Bréfritari: Aðalbjartur Bjarnason (Albert Arnason)
Dagsetning: A-1905-12-02
Skrifað á: Vesturheimi

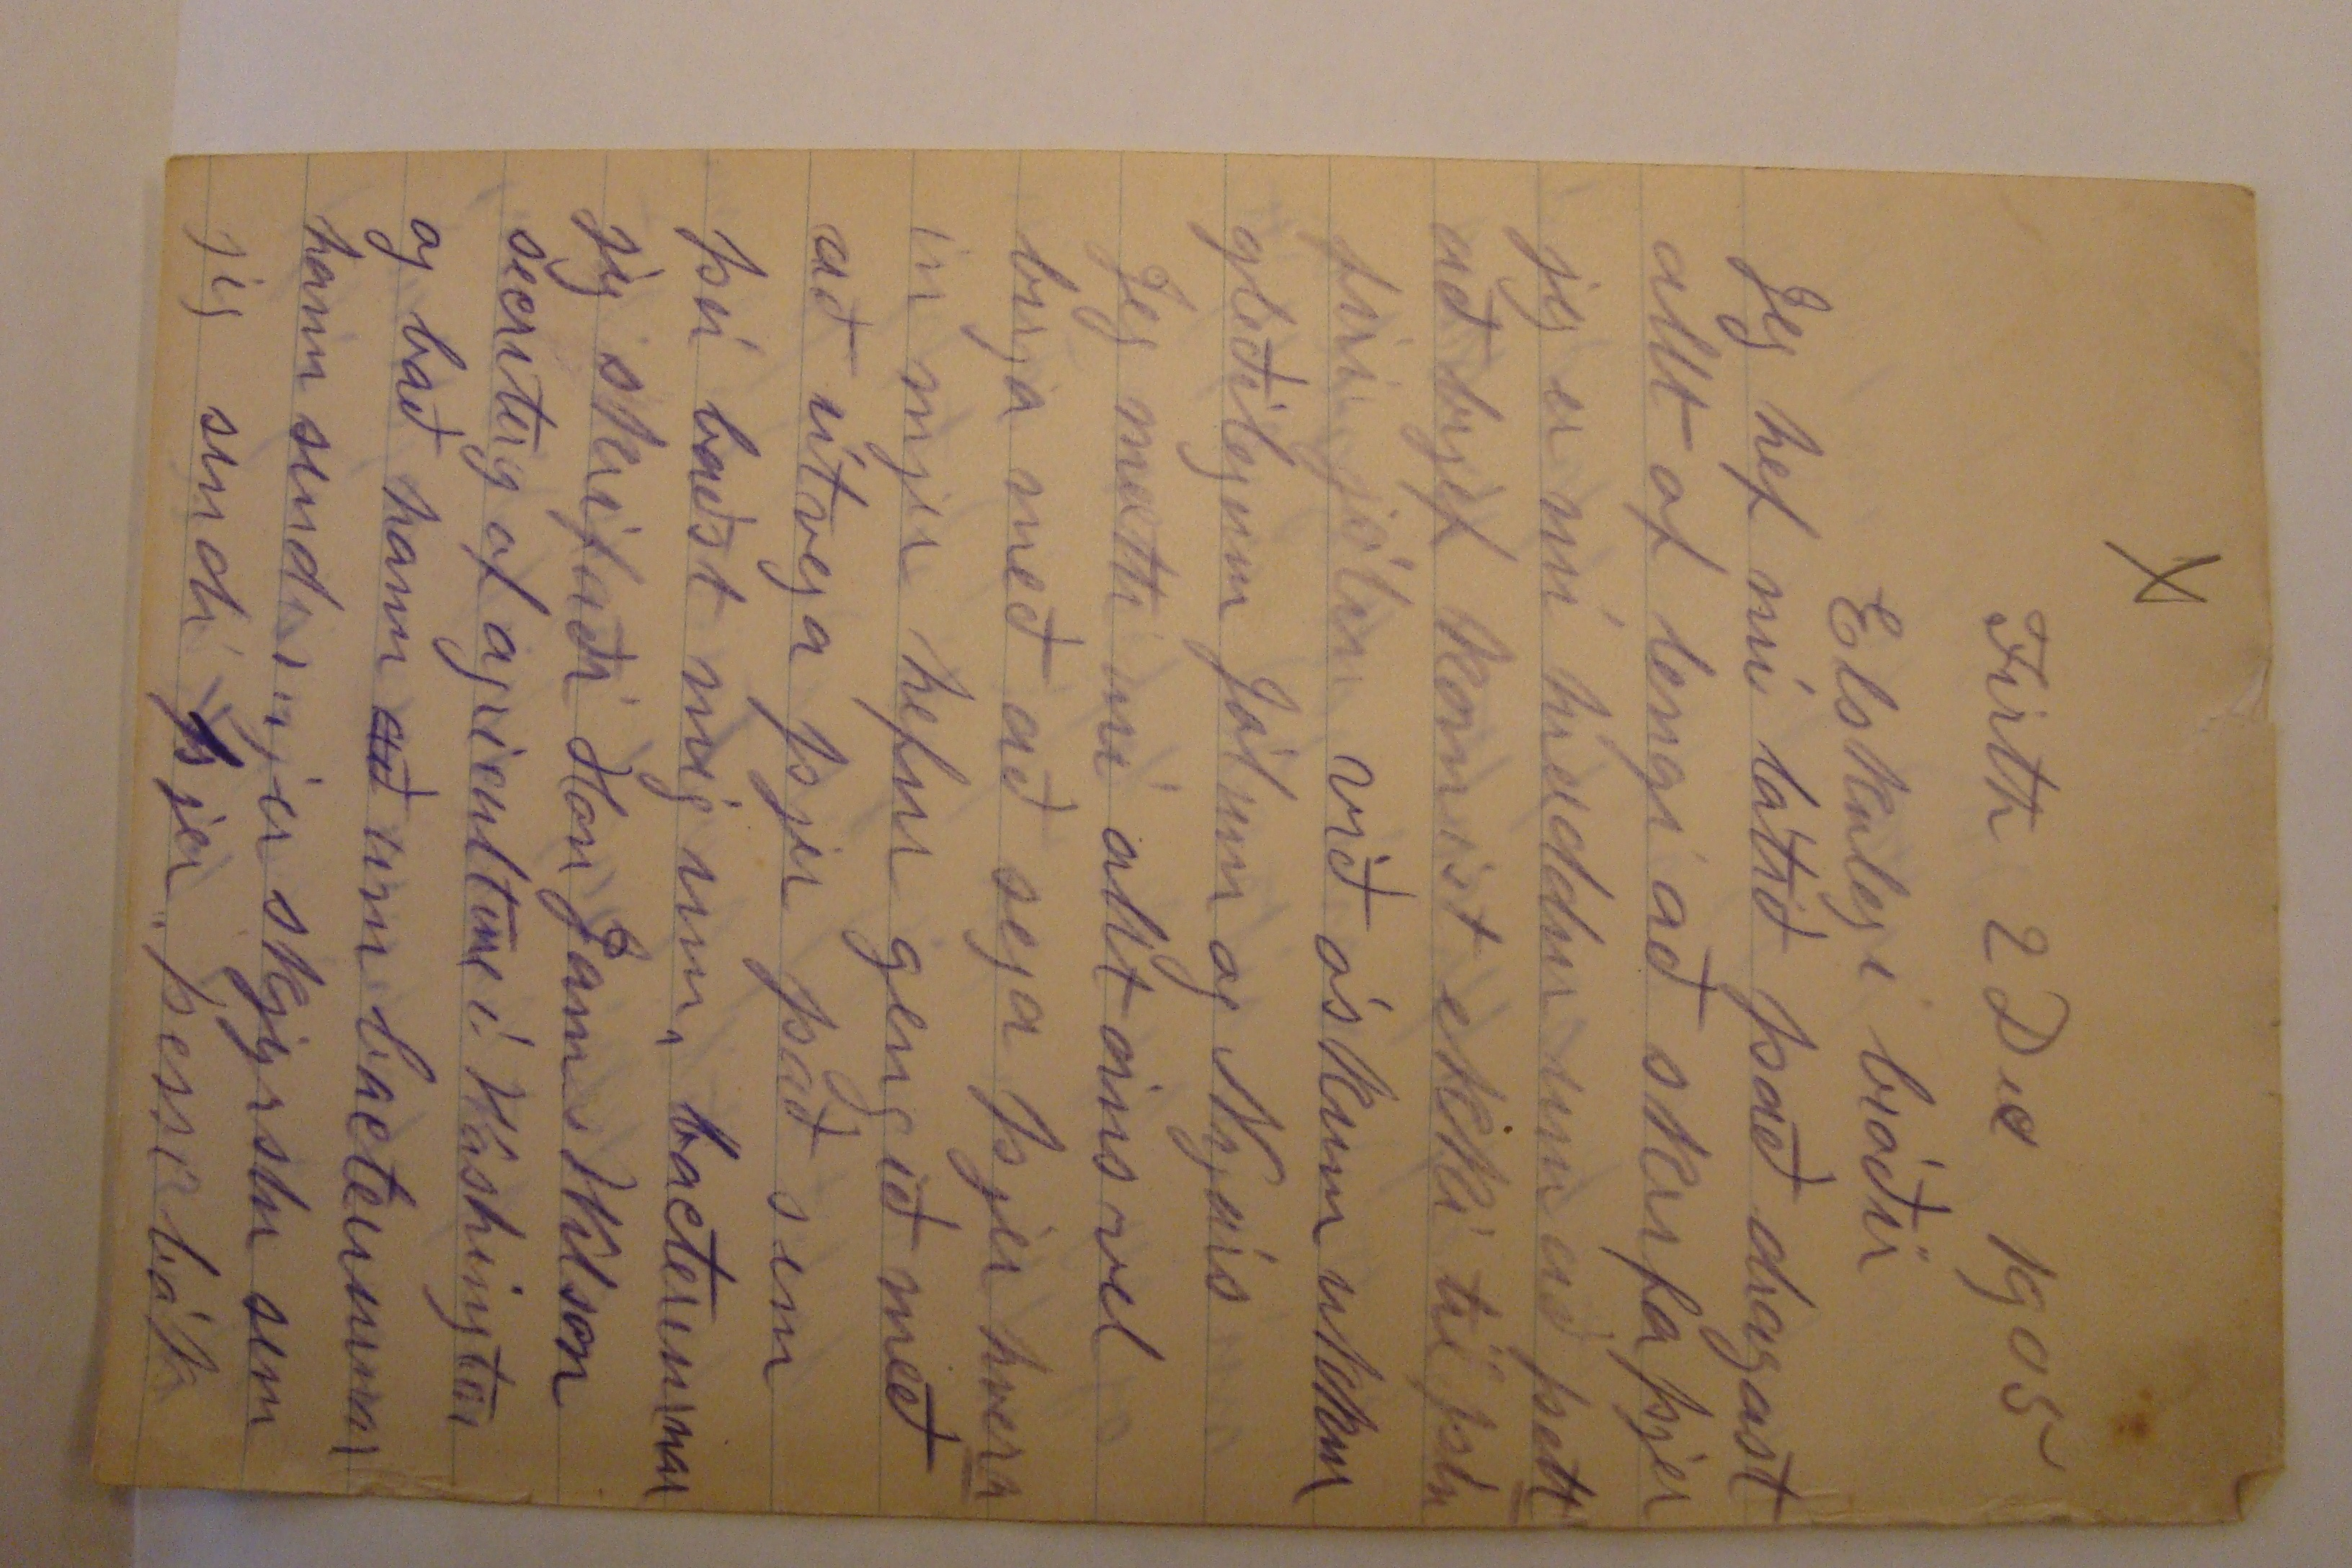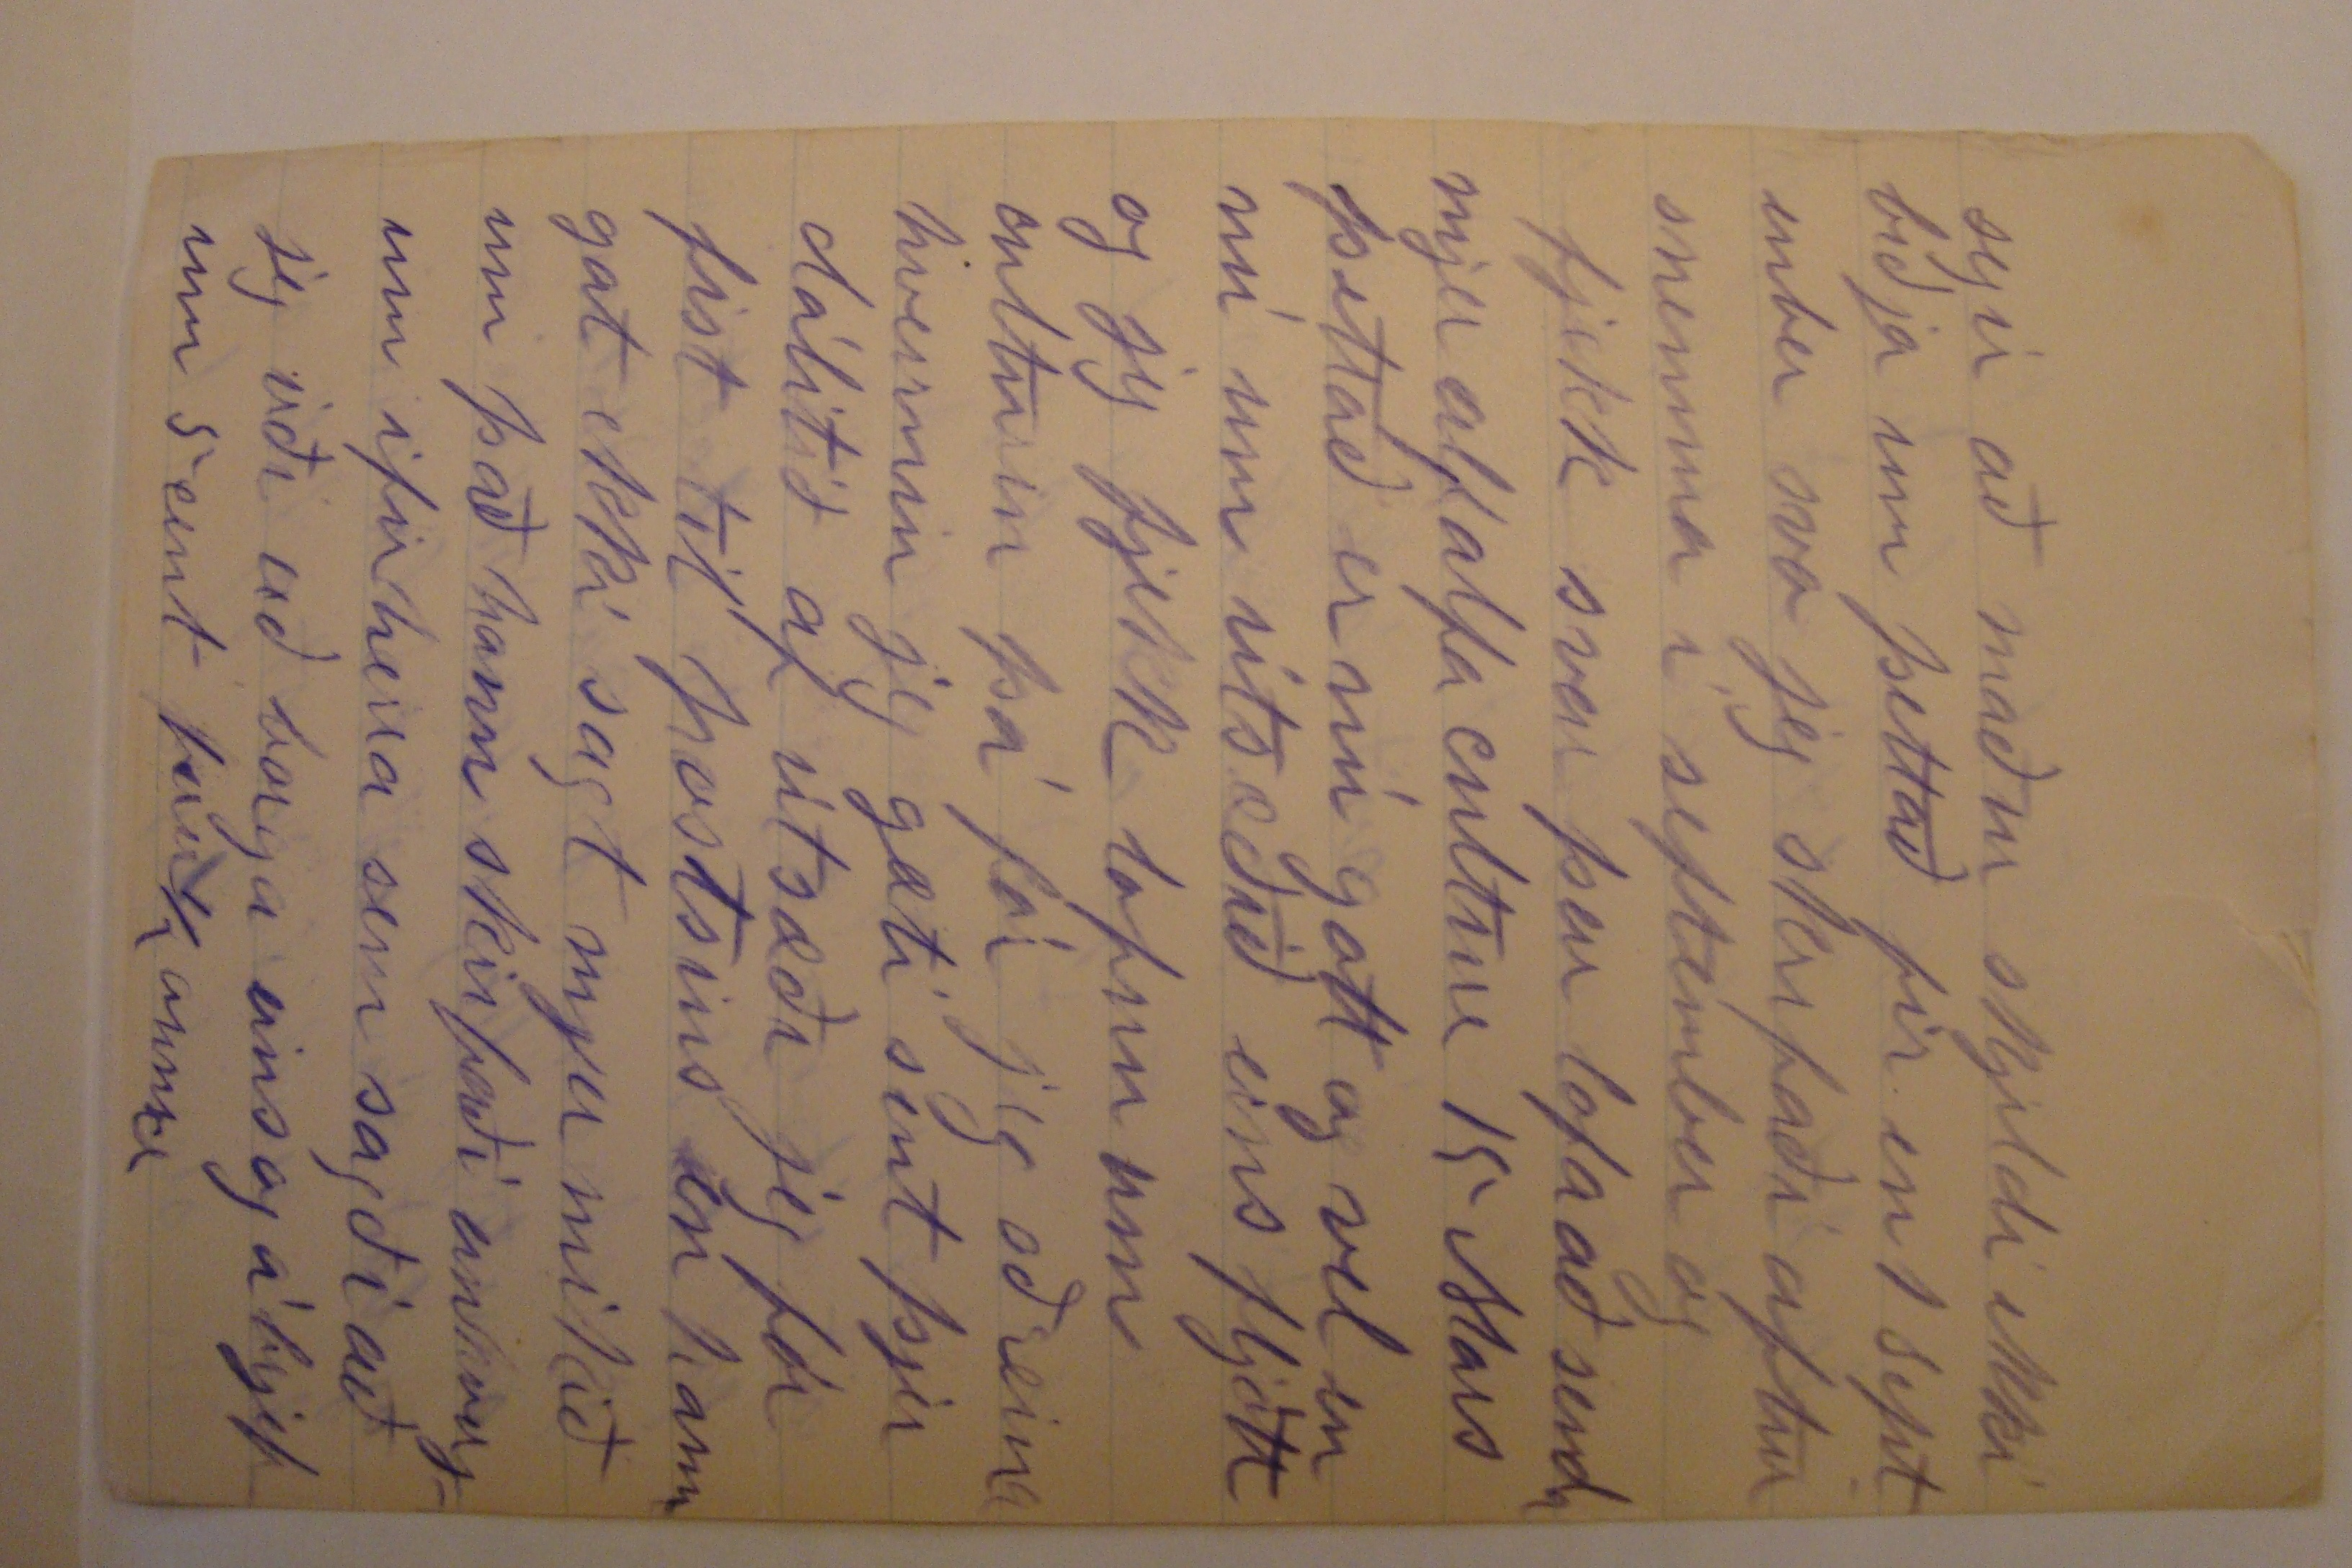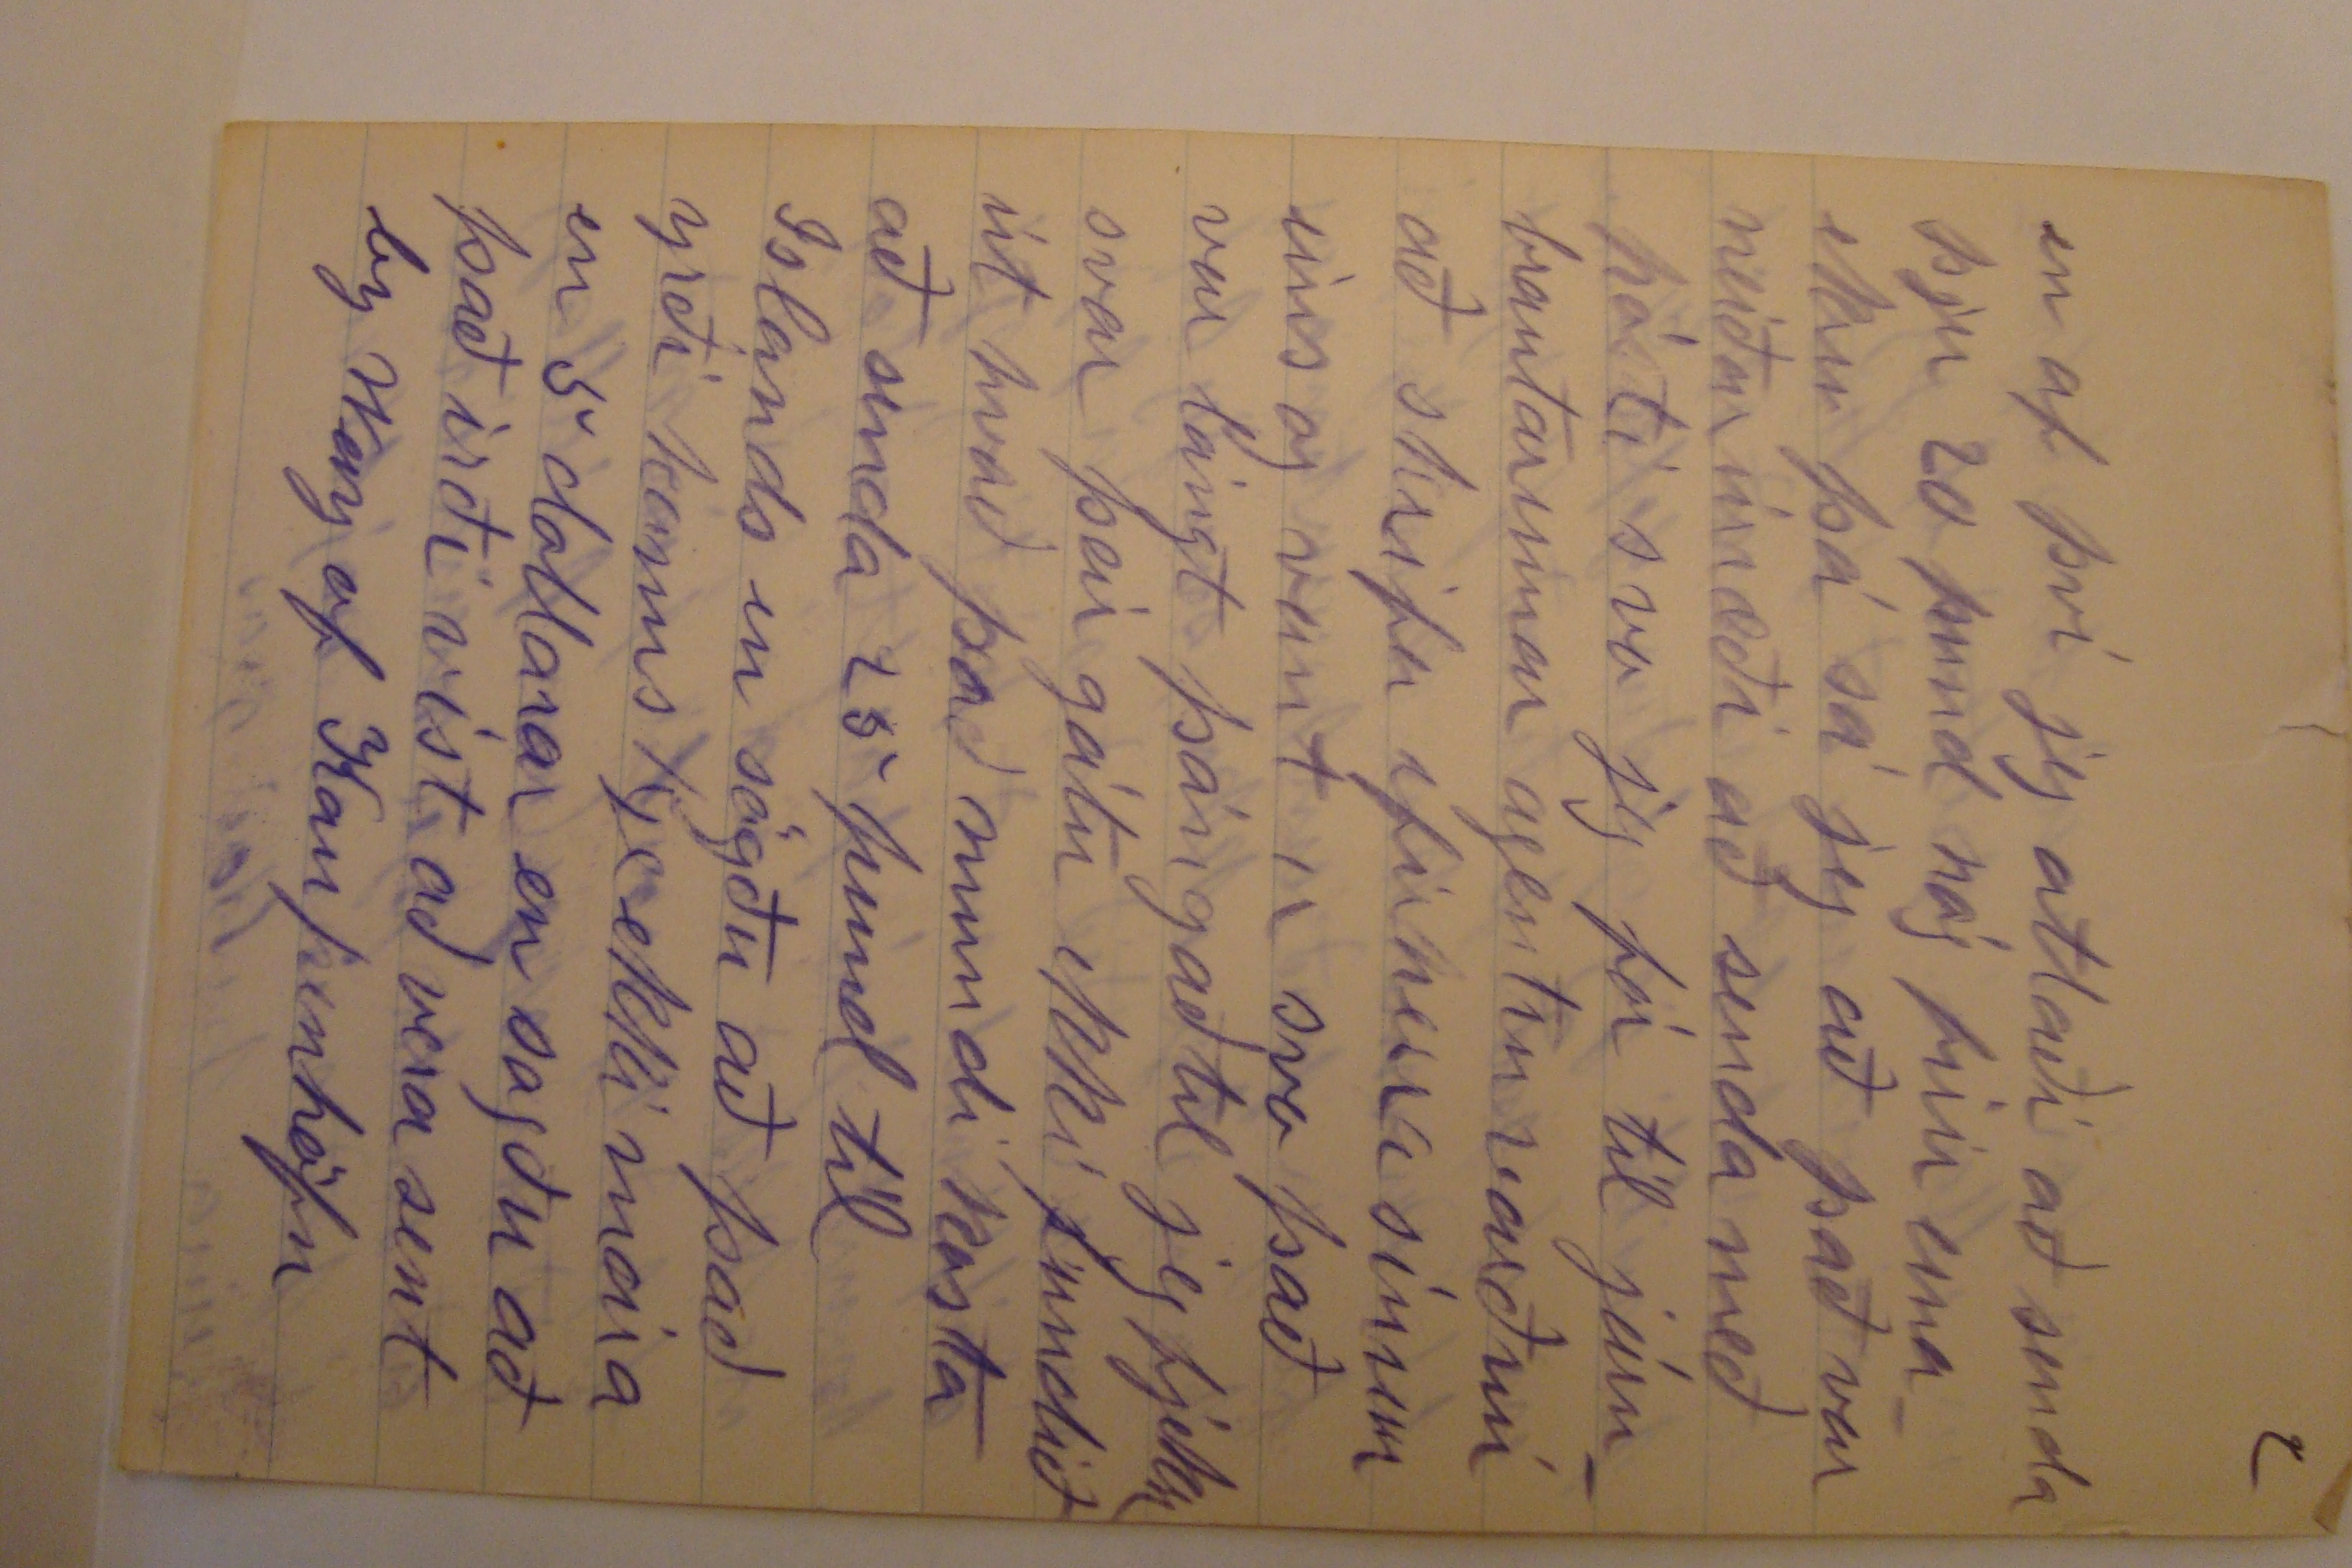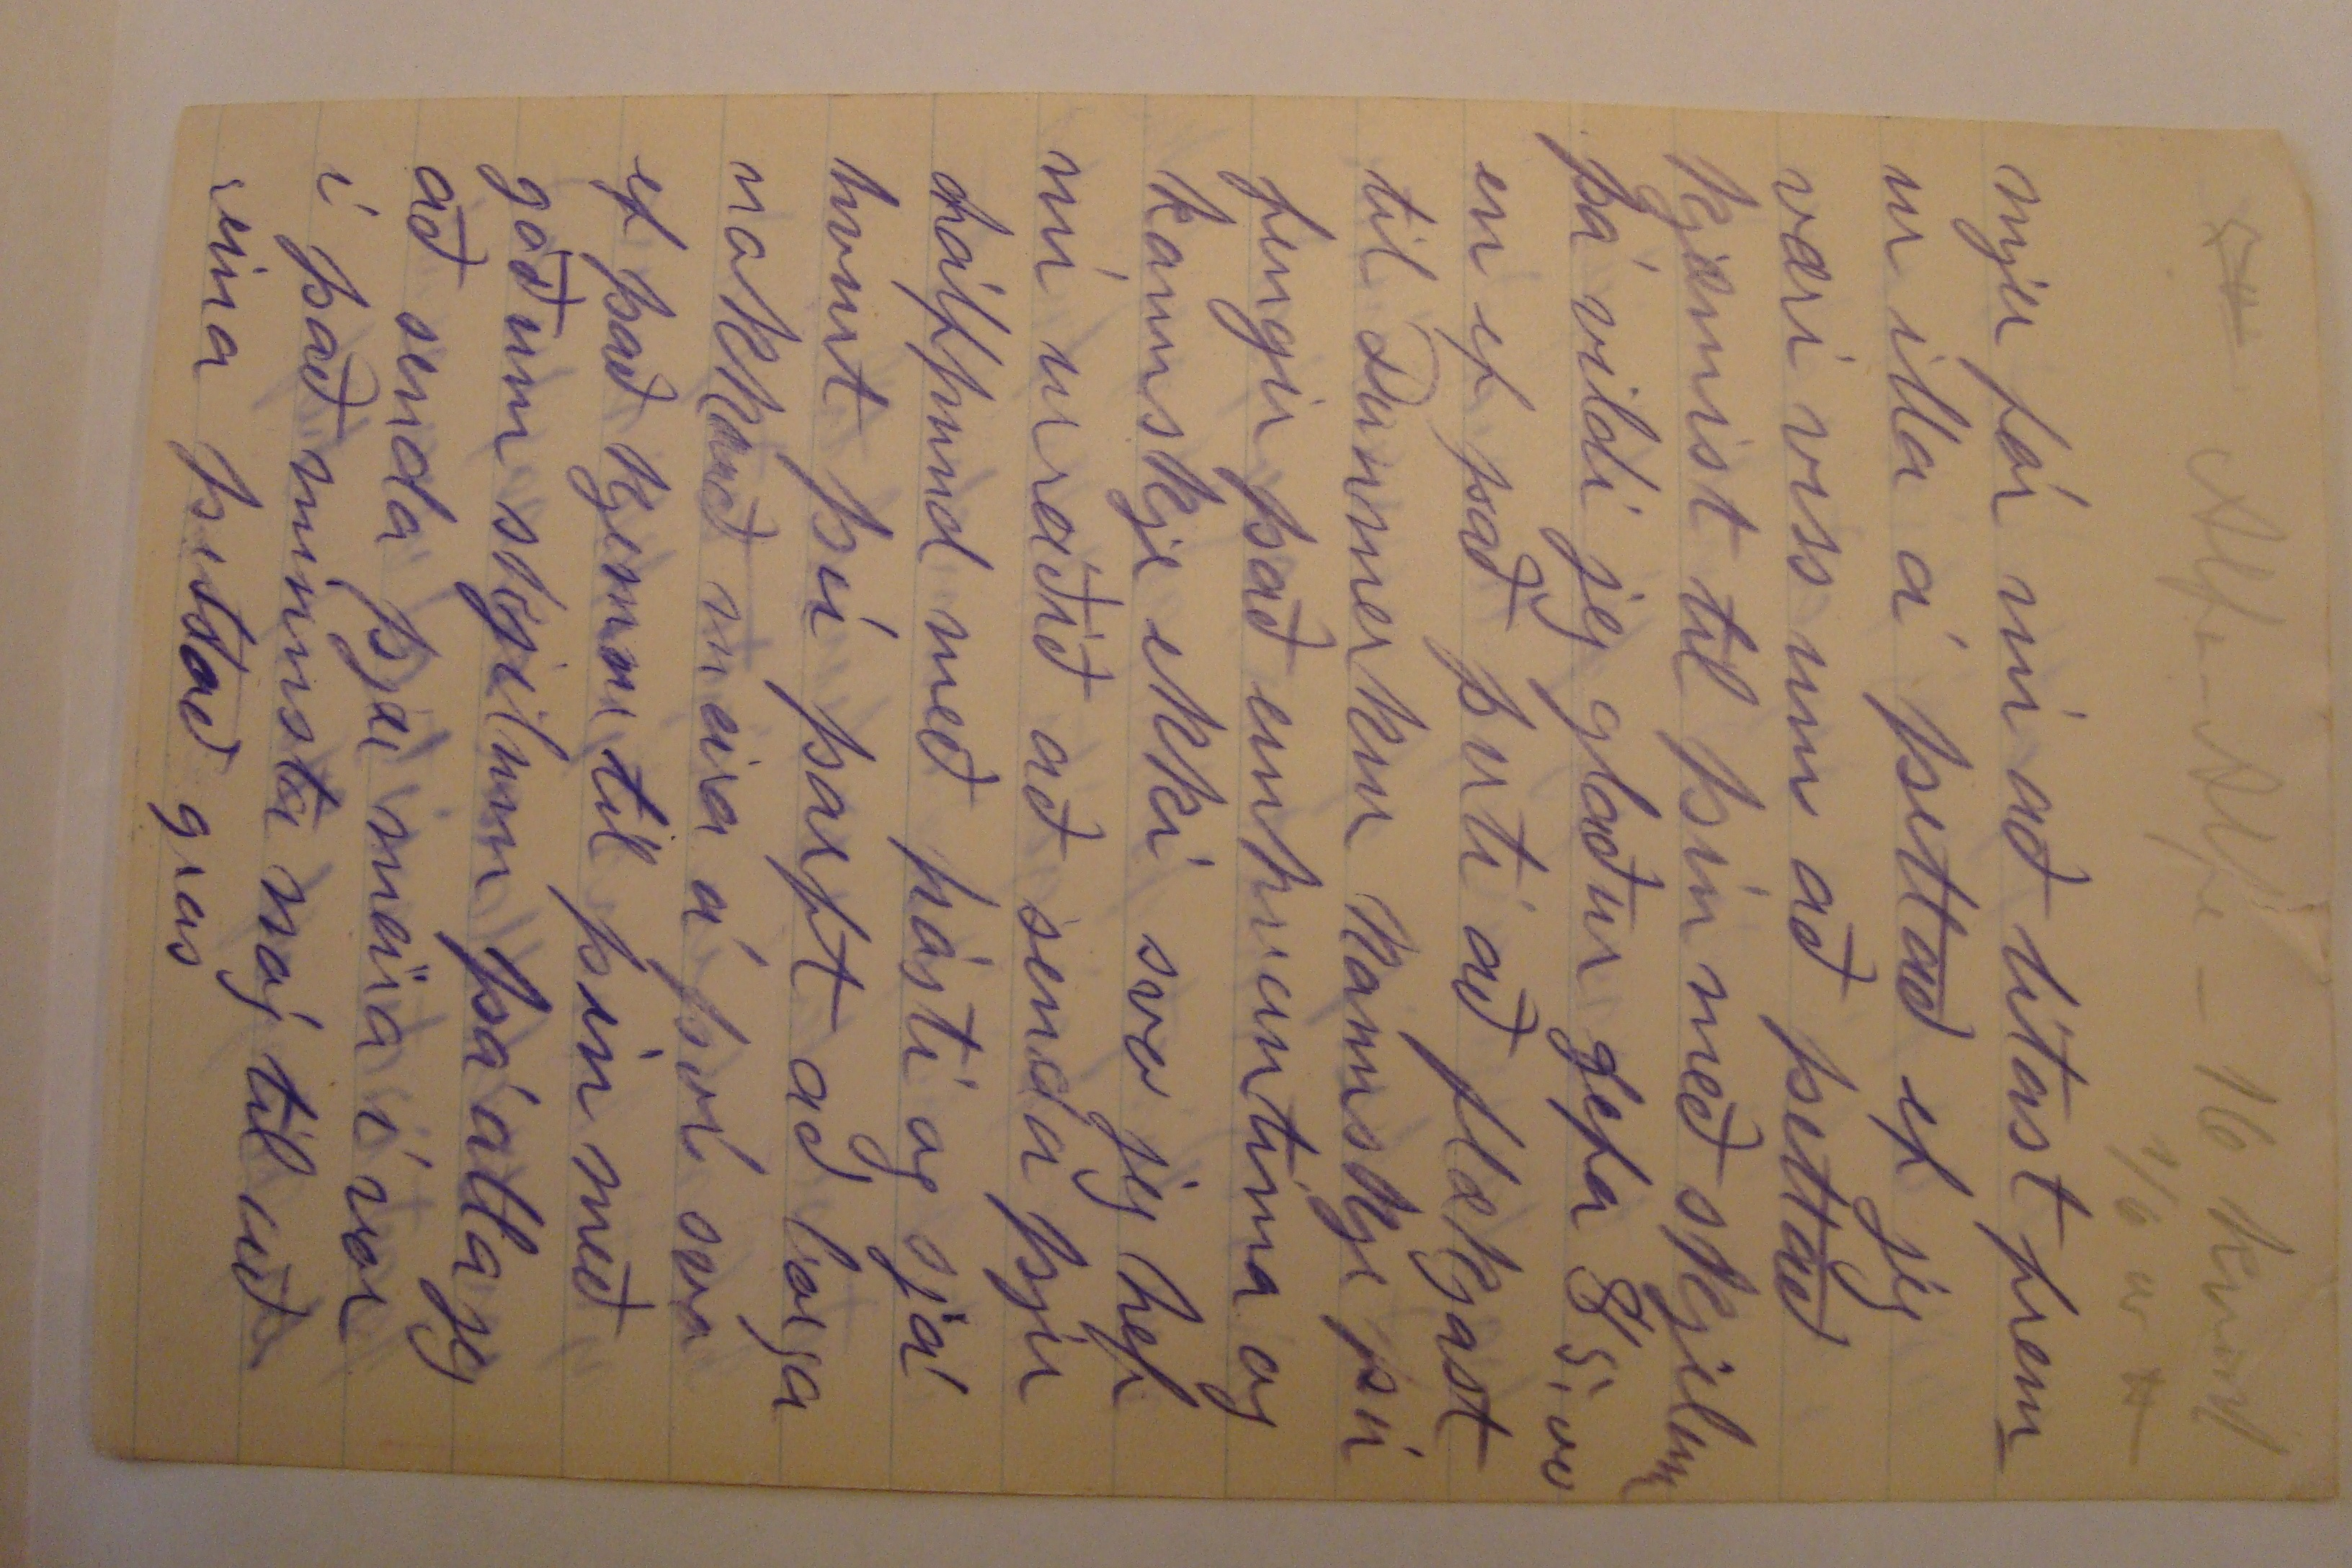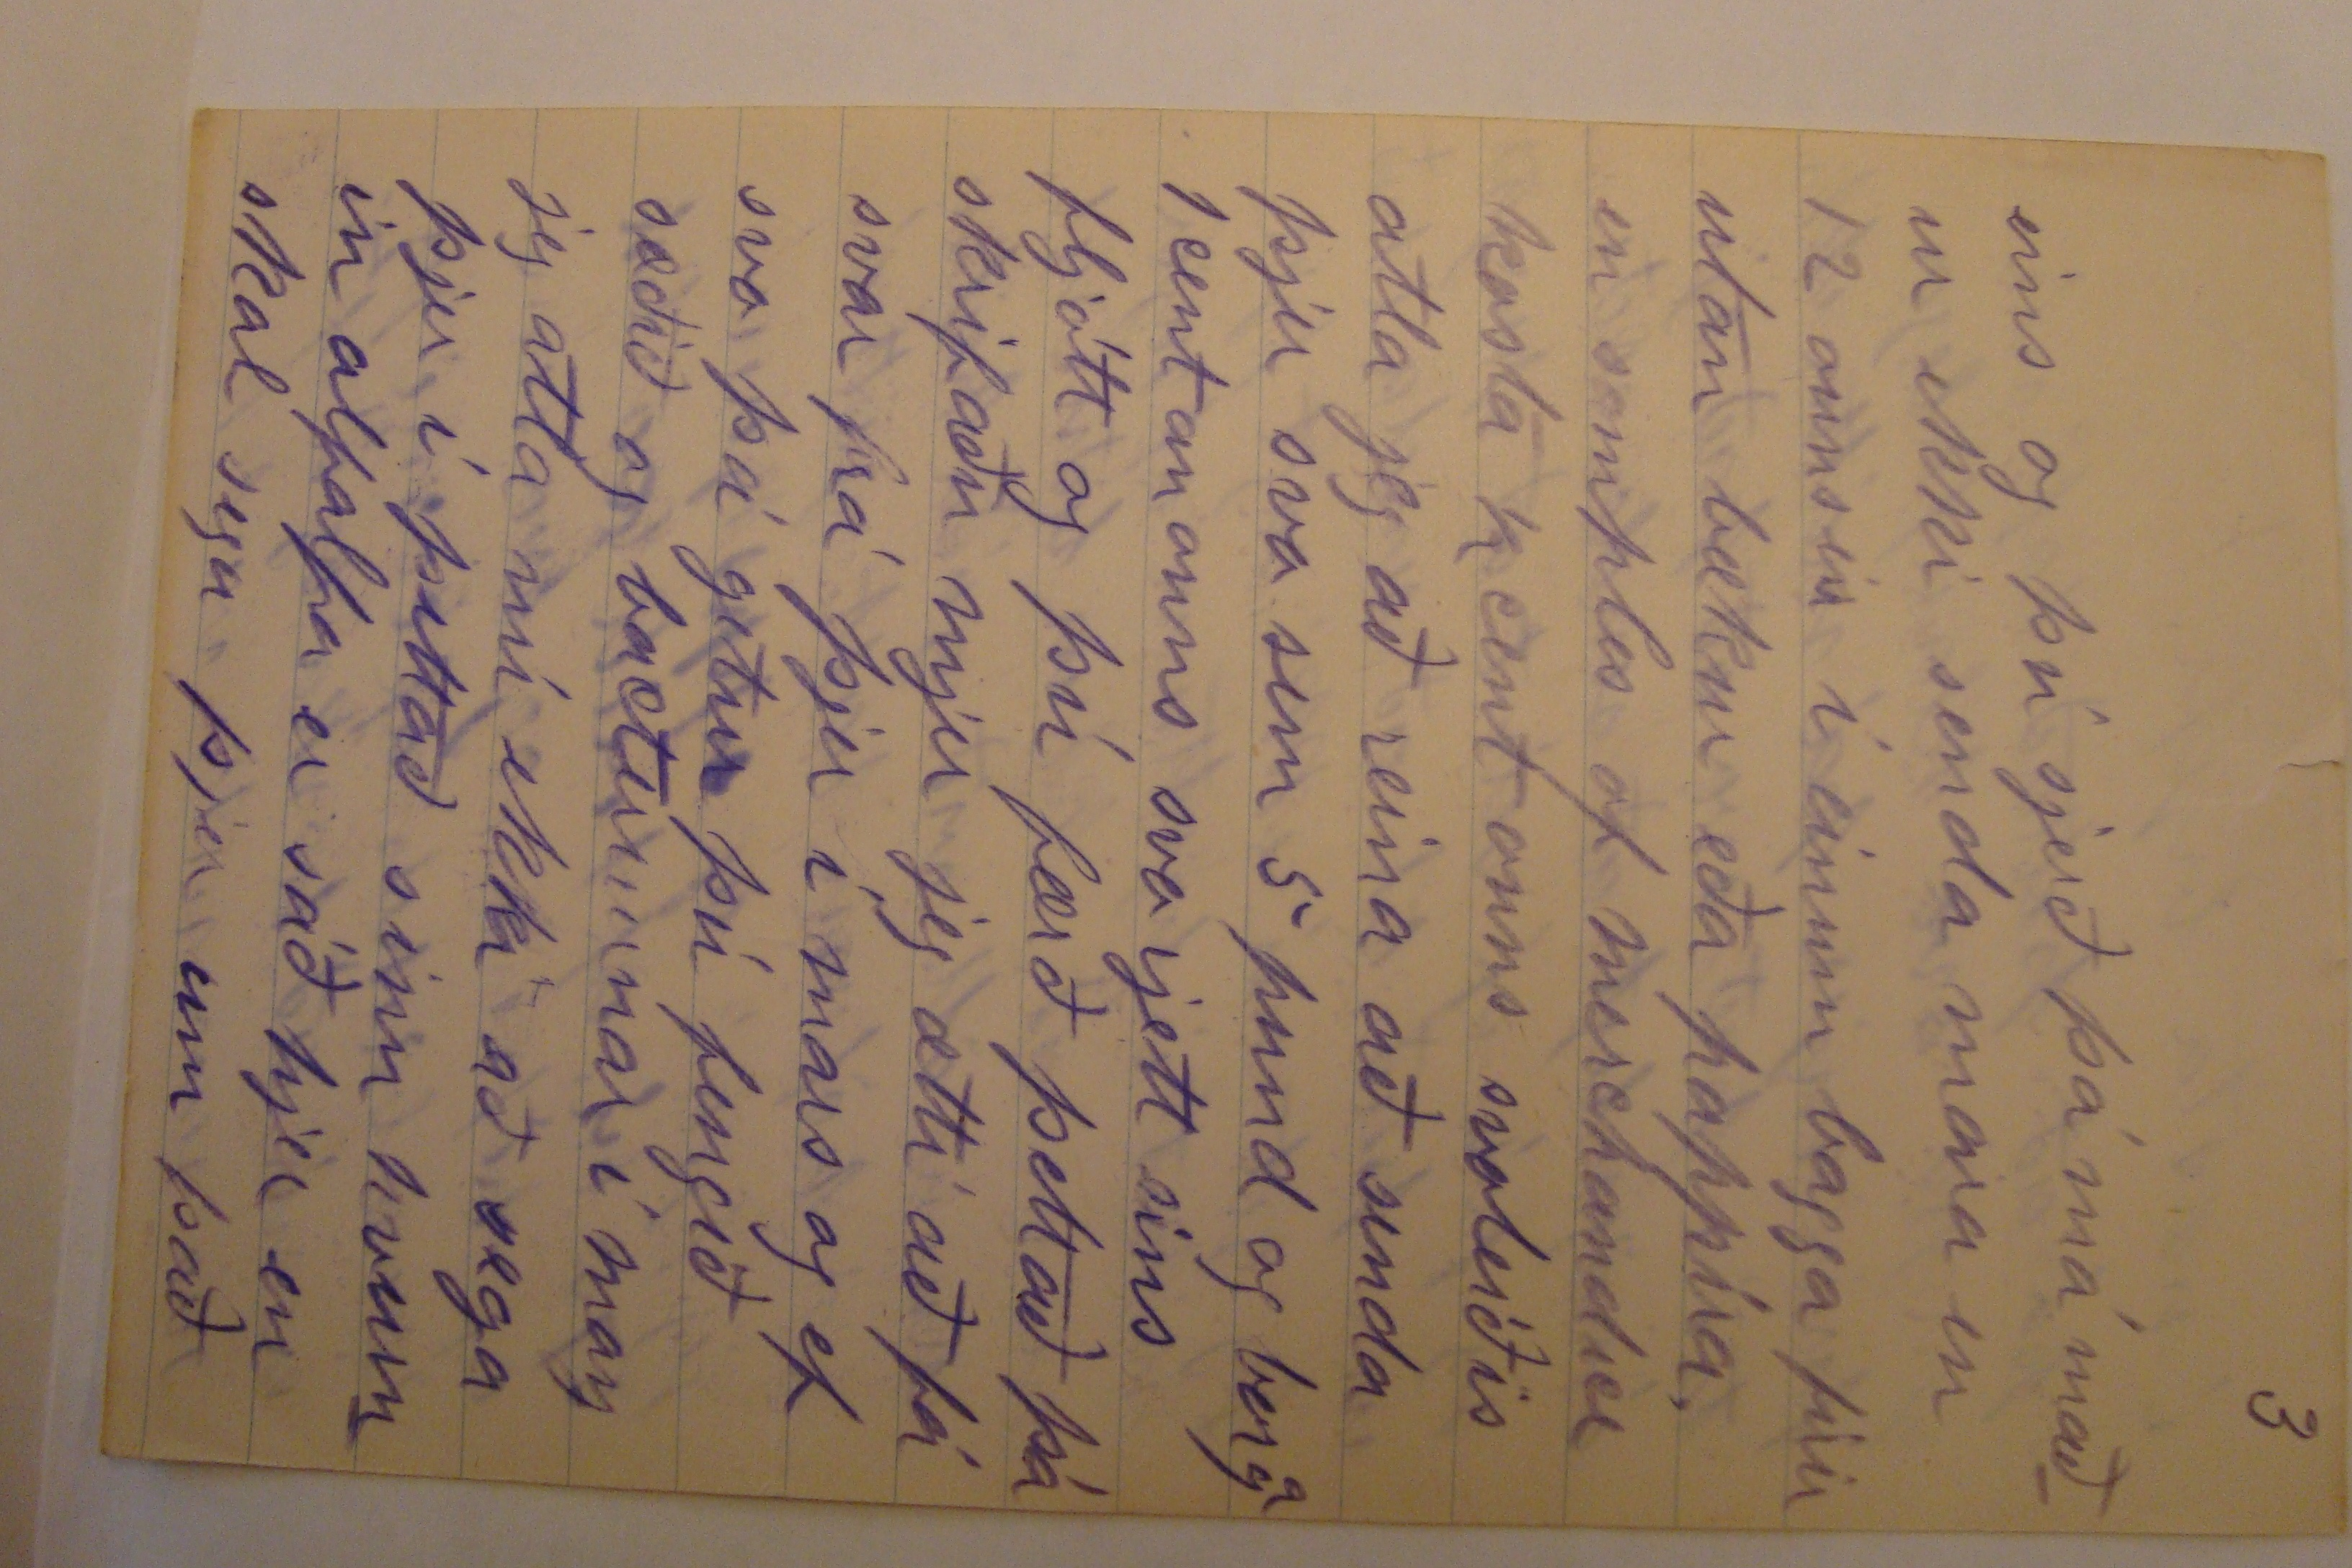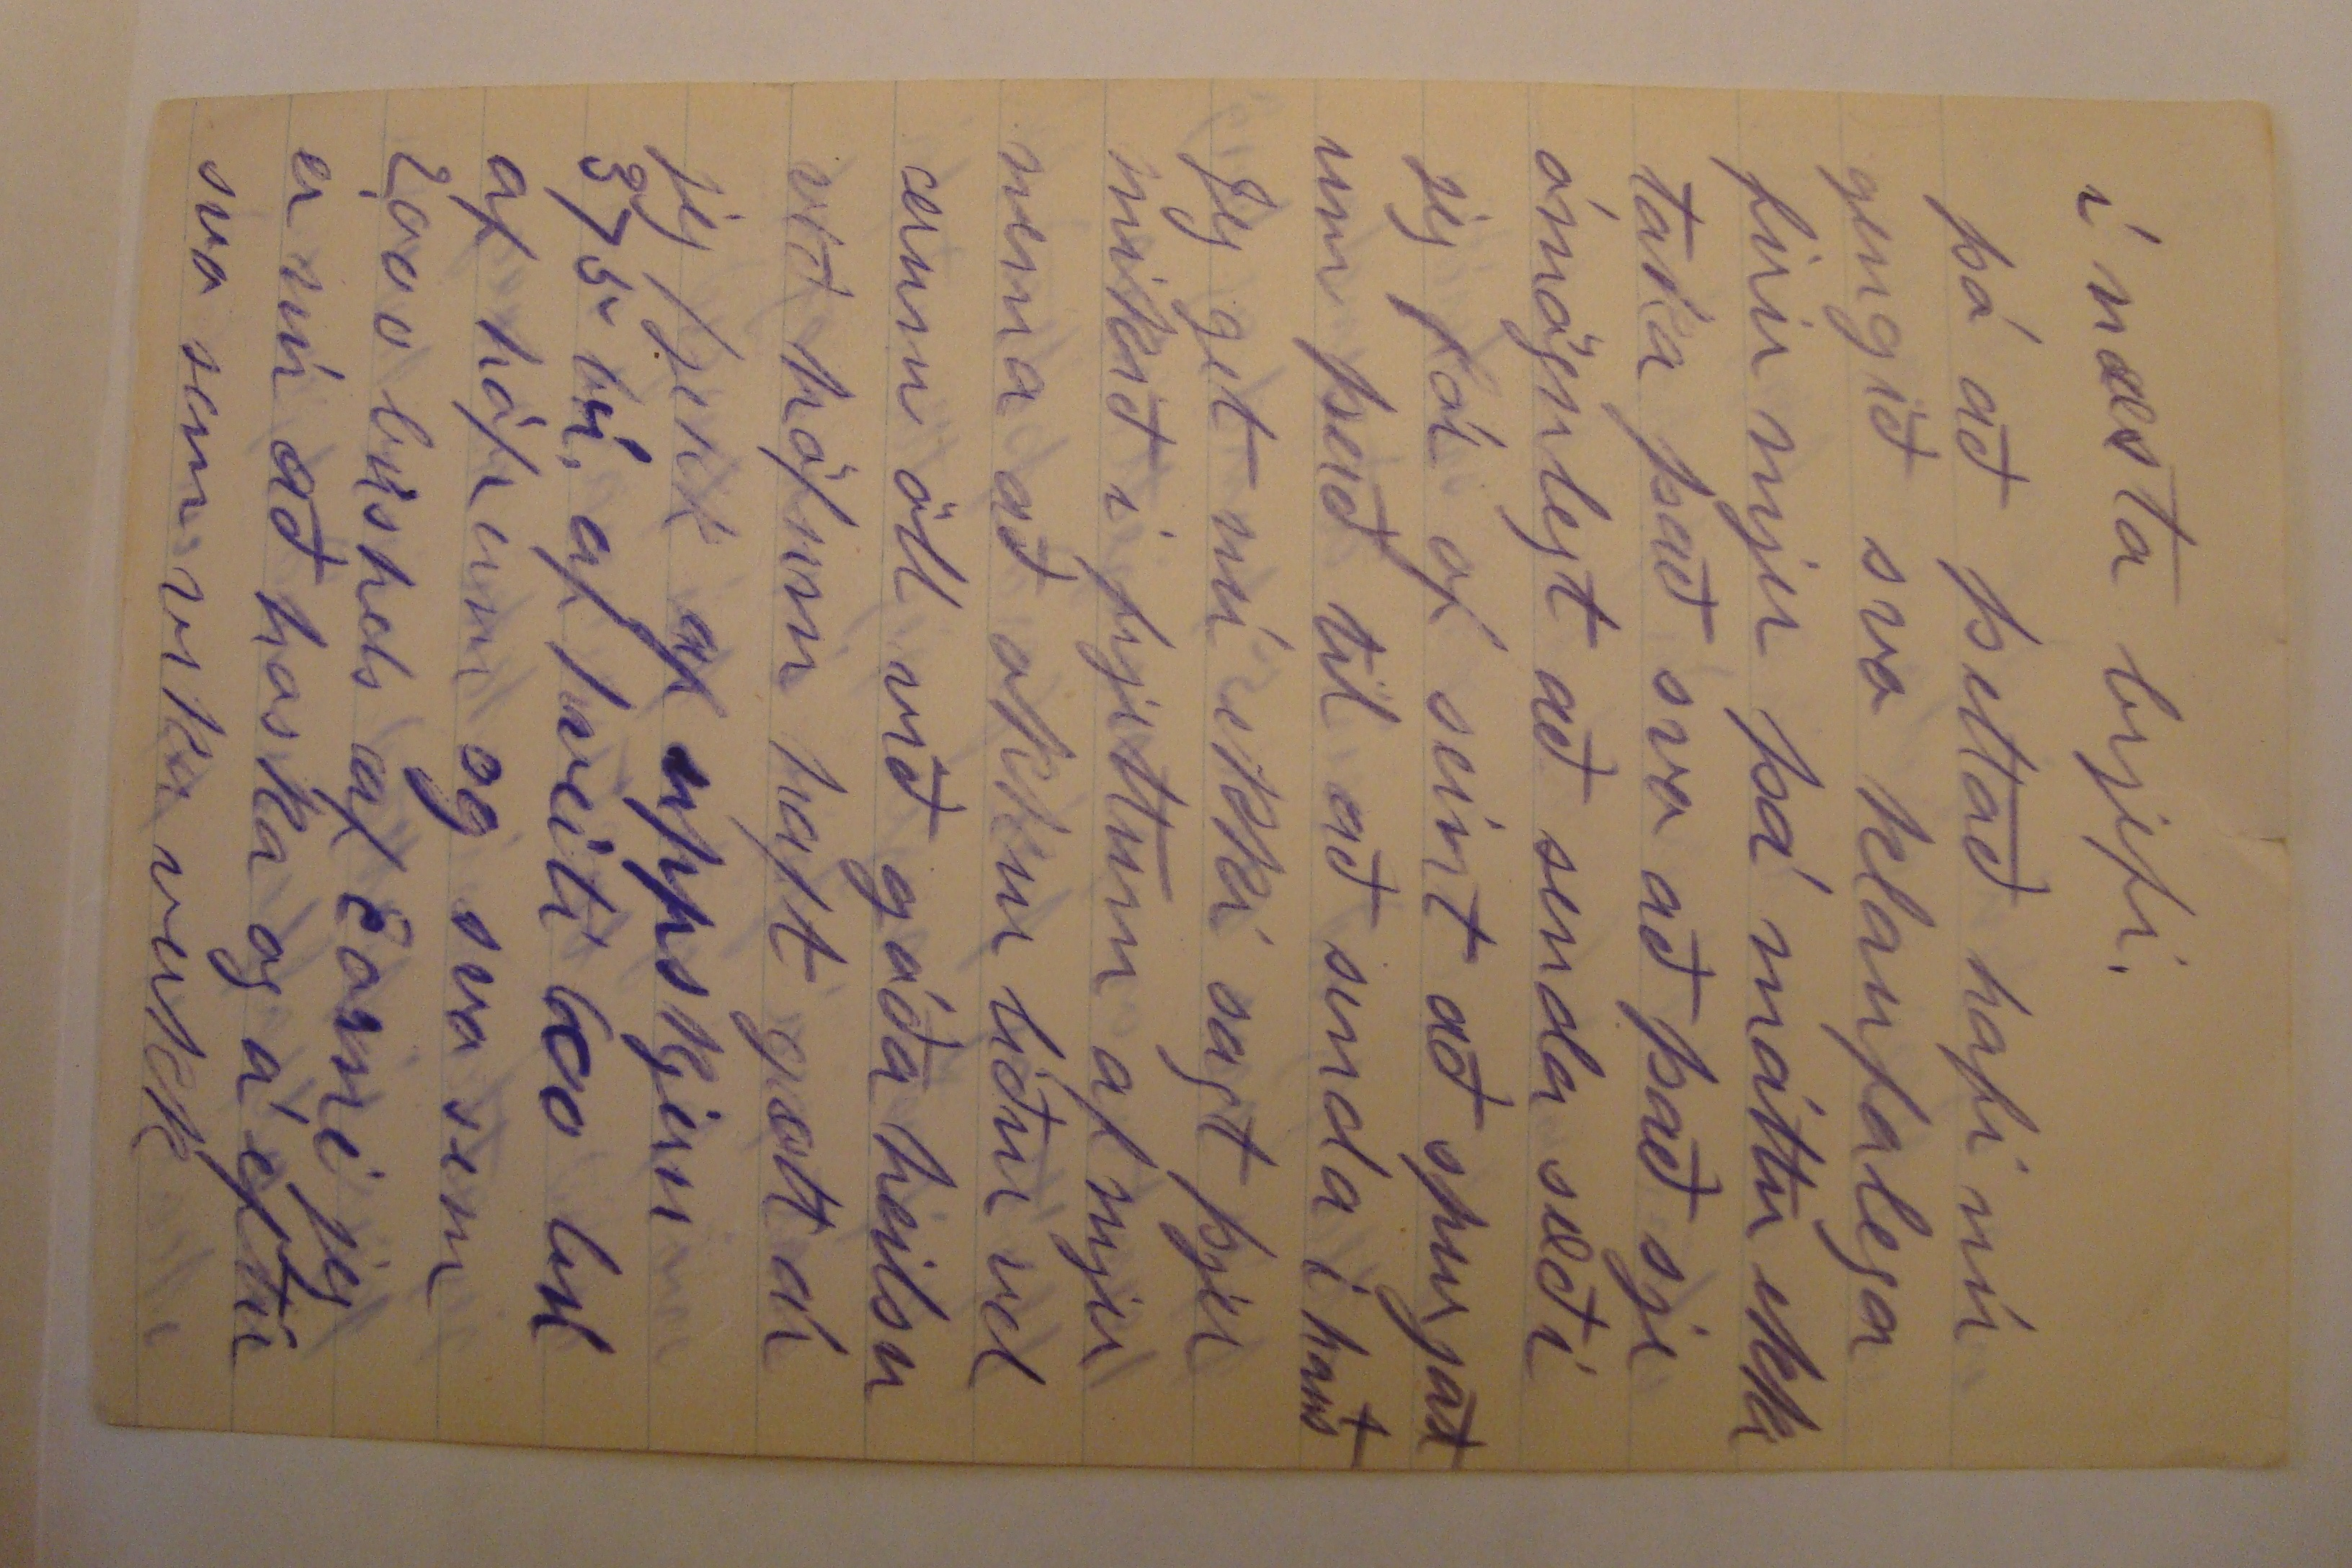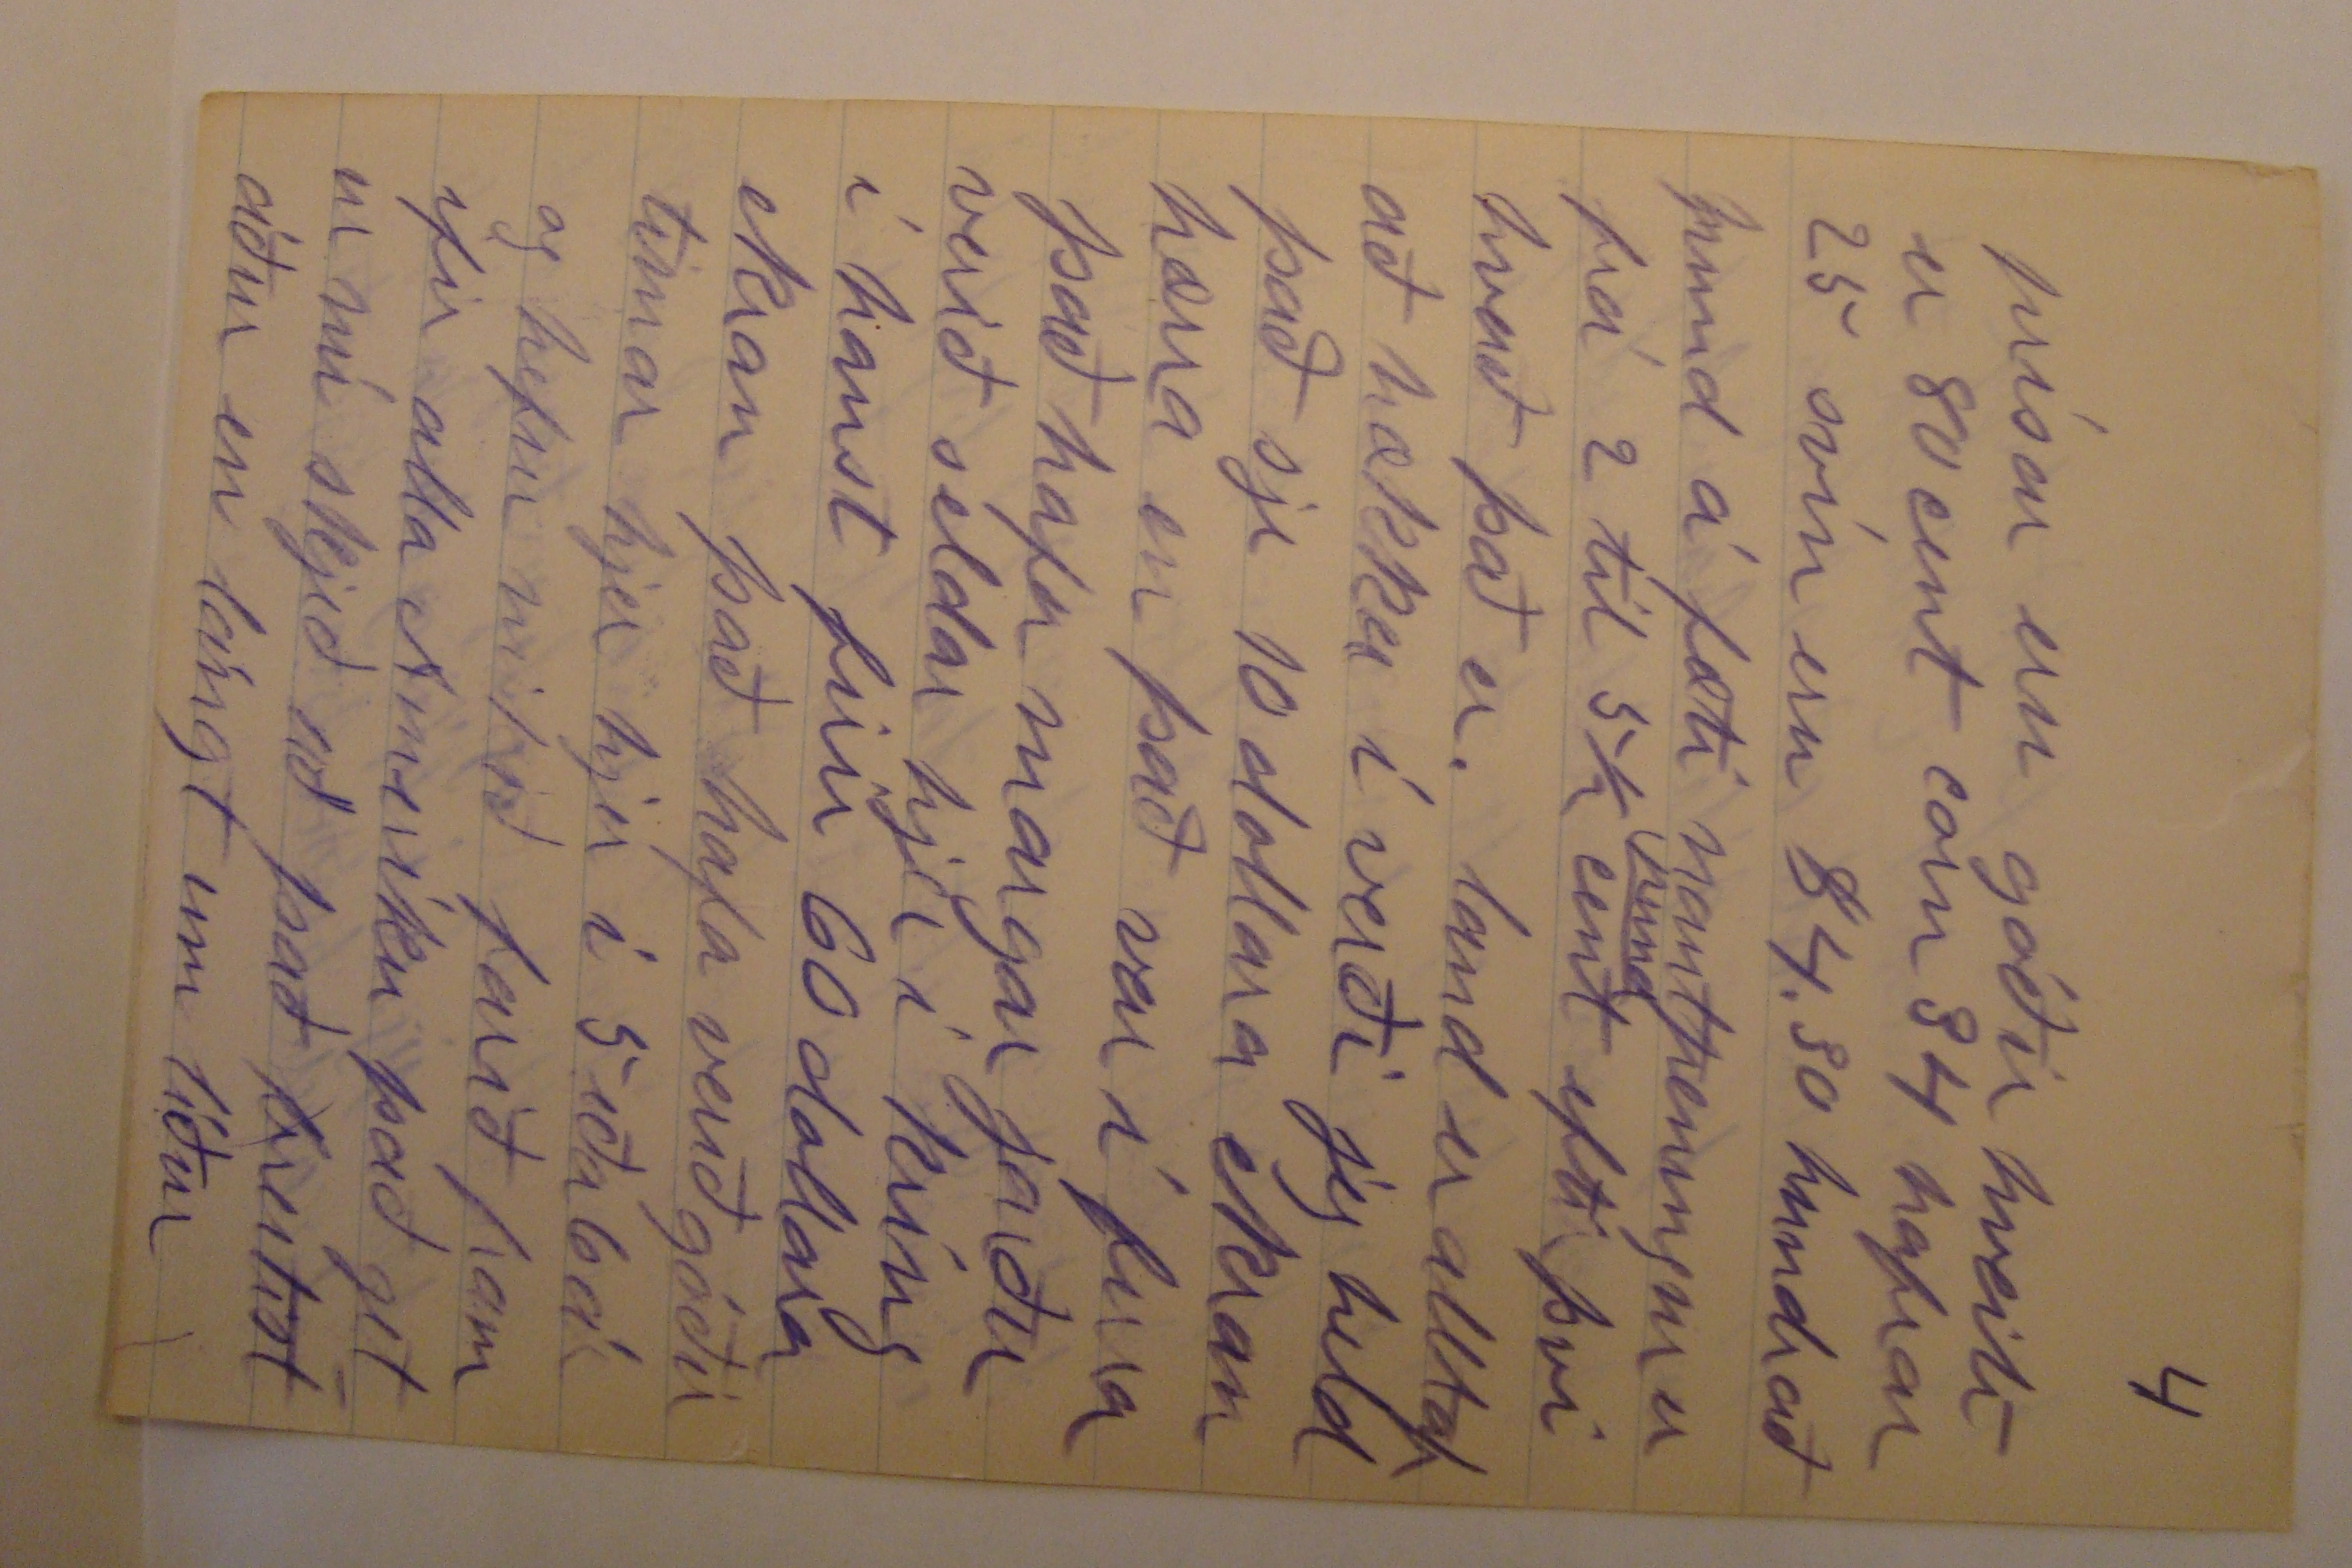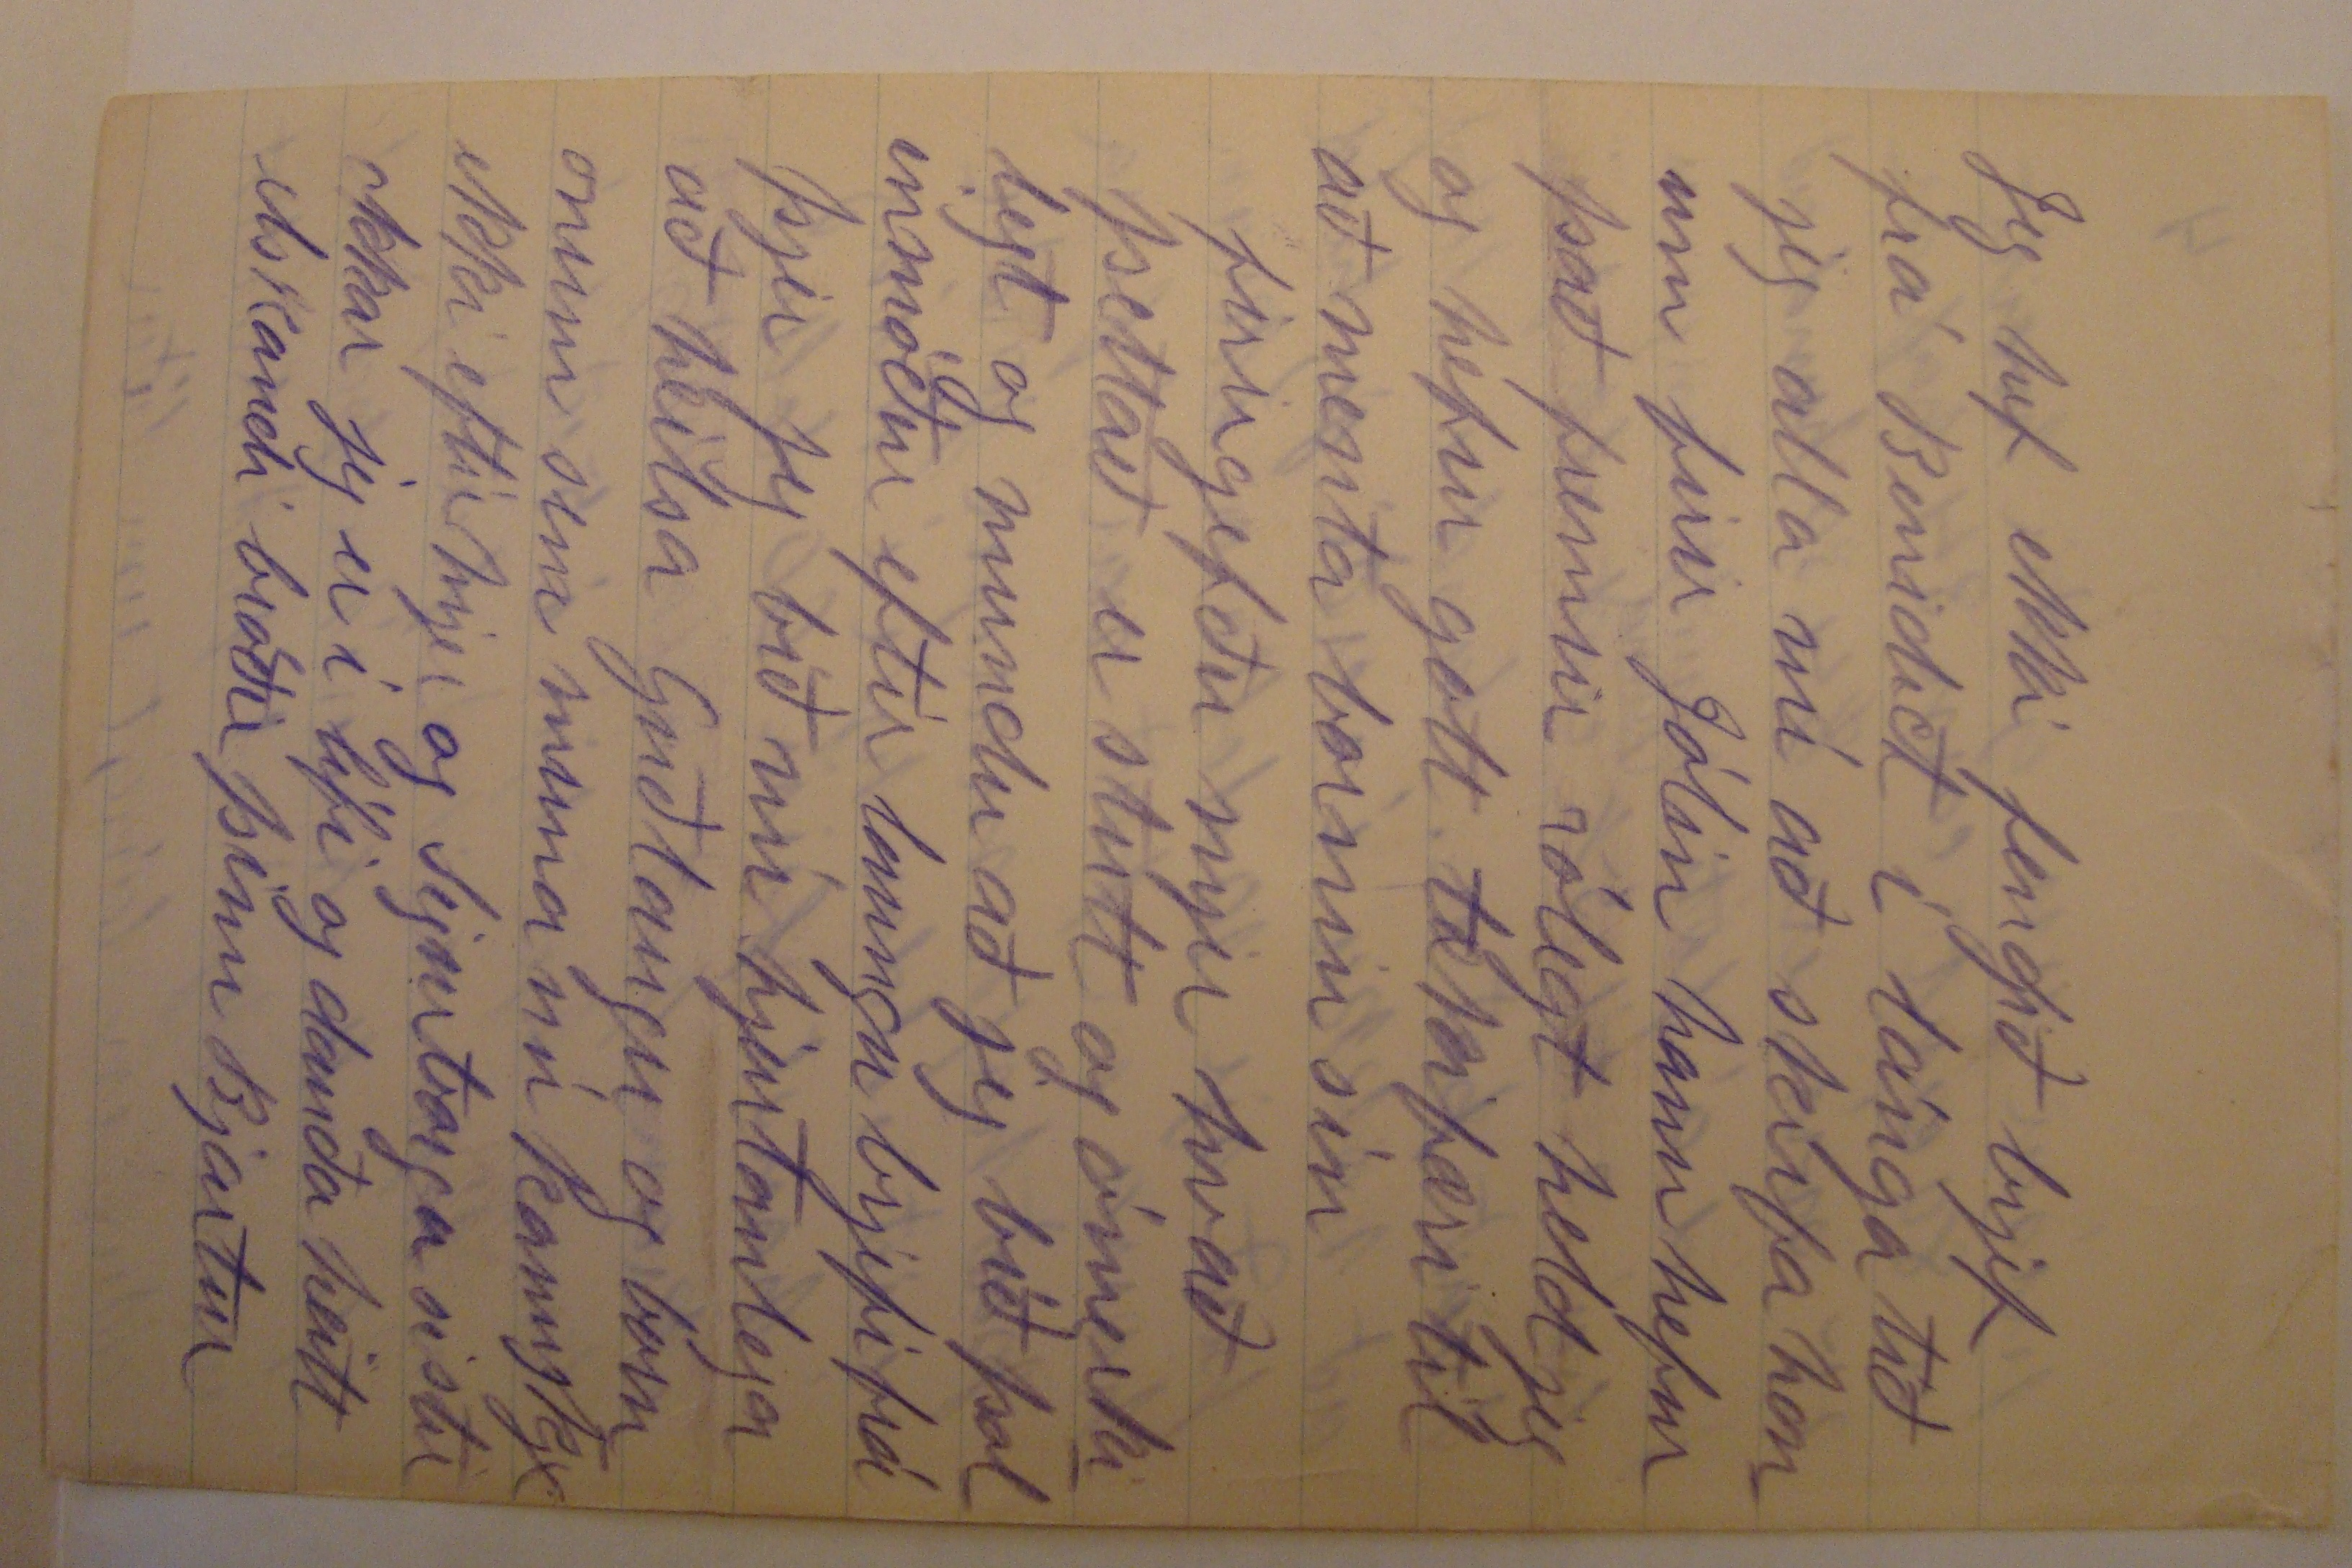

Firth 2 Dec 1905
Elskulegi bróðir
Jeg hef nú látið það dragast allt of lengi að skrifa þjer jeg er nú hræddur um að þettað brjef komist ekki til þín firir jólin við óskum ukkur gleðilegum Jólum og Nyárs Jeg mætti nú allt eins vel birja með að seja þjer hvernin mjer hefur gengið með að útvega þjer það sem þú baðst mig um,
bacterinnar
jeg skrifaði Hon James Wilson secritery of agriculture í Washington og bað hann
að
um
bacteunnar
hann sendi mjer skjyrslu sem jeg sendi þjer þessi bók
segjir að maður skjildi ekki biðja um þettað fir en 1 Septenber svo jeg skrifaði aftur snemma í september og fjekk svar þeir lofa að senda mjer alfalfa
cultim
15 Mars þettað er nú gott og vel nú um útsæðið eins fljótt og jeg fjekk lofun um
cultium
þá fór jeg að reina hvernin jeg gæti sent þjer dálítið af útsæði jeg fór fist til Þosteins en hann gat ekki sagt mjer mikið um það hann skrifaði einhverjum ifirherra sem sagði að jeg irði að borga eins og á brjefum 5 cent
þau 1/2 ounsis
en af því jeg atlaði að senda þjer 20 pund nóg firir eina ekur þá sá jeg að það var neiðar úrræði að senda með pósti svo jeg fór til járnbrautarinnar agentin verð nú að skrifa ifirherra sínum eins og vant er svo það var lángt þángað til jeg fjekk svar þeir gátu ekki fundið út hvað það mundi kosta að senda 25 pund til Islands en sögðu að það yrði kannskje ekki meira en 5 dollarar en sogðu að það irði víst að vera sent by Way of Kaupenhöfn
mjer fór nú að lítast fremur illa á þettað ef jeg væri viss um að þettað kjæmist til þín með skjilum þá vildi jeg glaður gefa $5,00 en ef það þirti að flækjast til Danmerkur kannskje þú fengir það einhverntíma og kannskje ekki svo jeg hefi nú úrráðið að senda þjer hálfpund með pósti og sjá hvurt þú þarft að borga nokkuð meira á því svo ef það kjemur til þín með góðum skjilum þá atla jeg að senda þjer meira í vor í það minnsta nóg til að reina þettað gras
eins og þú sjerð þá má maður ekki senda meira en 12
ounsis
í einum bagga firir utan bækur eða pappíra en samples of merchendice kosta 1/2 cent ouns svoleiðis atla jeg að reina að senda þjer svo sem 5 pund og borga 1 cent
an ouns
svo rjett eins fljótt og þú færð þettað þá skrifaðu mjer jeg ætti að fá svar frá þjer í mars og ef svo þá getur þú fengið sæðið og
bacteriunnar
í may jeg atla nú ekki að sega þjer í þettað sinn hvurnin alfalfa er sáð hjer en skal sega þjer um það
í næsta brjefi.
þó að þettað hafi nú gengið svo klaufalega firir mjer þá máttu ekki taka það svo að það sje ómögulegt að senda sæði jeg fór of seint að spurjast um það til að senda í haust Jeg get nú ekki sagt þjer mikið í frjettum af mjer nema að okkur líður vel erum öll við góða heilsu við höfum haft gott ár jeg fjekk af uppskjeru 375 bú. af hveiti 600 bú af höfrum og svo sem 2000 búshels af corni jeg er nú að
haska
og á eftir svo sem viku
veikk
prísar eru góðir hveiti er 80 cent corn 34 hafrar 25 svín eru $4.30 hundrað pund á fæti nautpeningur er frá 2 til 5 1/2
pund
cent eftir því hvað það er. land er alltaf að hækka í verði jeg held það sje 10 dollara ekran hærra en það var í firra það hafa margar jarðir verið seldar hjer í kríng í haust firir 60 dollara ekran það hafa verið góðir tímar hjer hjer í 5 eða 6 ár og hefur mikið farið fram eftir alla Ameríku það getur nú skjeð að það breitist áður en lángt um líður
Jeg hef ekki fengið brjef frá Benidict í lánga tíð jeg atla nú að skrifa honum firir Jólin hann hefur það fremur rólegt held jeg og hefur gott tækifæri til að menta bornin sín
firirgefðu mjer hvað þettað er stutt og ómerkilegt og mundu að jeg bíð þolinmóður eftir laungu brjefi frá þjer jeg bið nú hjartanlega að heilsa Guðlaugu og bornonum sem muna nú kannskje ekki eftir mjer og Sigurborgu sistir okkar jeg er í lífi og dauða heitt elskandi bróðir þinn Bjartur